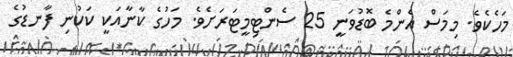
މަހެކެވެ. މިމަސް އެންމެ ބޮޑުވަނީ 25 ސެންޓިމީޓަރަށެވެ. މަހުގެ ކާނާއަކީ ކަކުނި ފާނޑުގެ